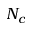
N _ { c }